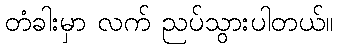
တံခါးမှာ လက် ညပ်သွားပါတယ်။